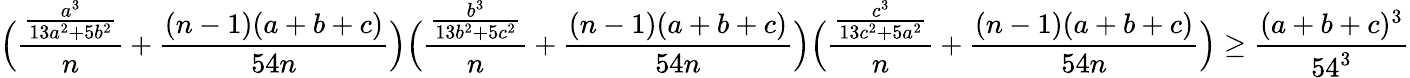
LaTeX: \Big(\frac{\frac{a^{3}}{13a^{2}+5b^{2}}}{n}+\frac{(n-1)(a+b+c)}{54n}\Big)\Big(\frac{\frac{b^{3}}{13b^{2}+5c^{2}}}{n}+\frac{(n-1)(a+b+c)}{54n}\Big)\Big(\frac{\frac{c^{3}}{13c^{2}+5a^{2}}}{n}+\frac{(n-1)(a+b+c)}{54n}\Big)\geq\frac{(a+b+c)^{3}}{54^{3}}